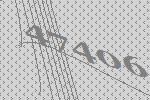
47406